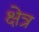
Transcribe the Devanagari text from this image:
क्षेत्र